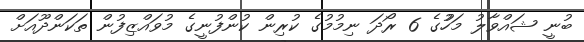
ބުނީ ޝައްވާލު މަހުުގެ 6 ރޯދަ ނިމުމުގެ ކުރިން ކުންފުނީގެ މުވައްޒިފުން ތަކަންދޫއަށް